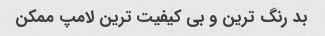
بد رنگ ترین و بی کیفیت ترین لامپ ممکن